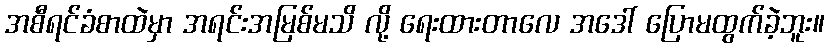
အစီရင်ခံစာထဲမှာ အရင်းအမြစ်မသိ လို့ ရေးထားတာလေ အဒေါ် ပြောမထွက်ခဲ့ဘူး။